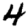
Digit: 4